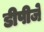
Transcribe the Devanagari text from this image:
डीपीजे